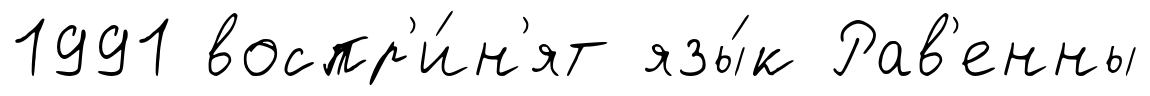
1991 воспр'и́н'ят язы́к Рав'енны